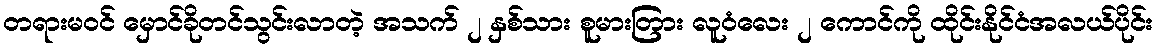
တရားမဝင် မှောင်ခိုတင်သွင်းလာတဲ့ အသက် ၂ နှစ်သား စူမားတြား လူဝံလေး ၂ ကောင်ကို ထိုင်းနိုင်ငံအလယ်ပိုင်း